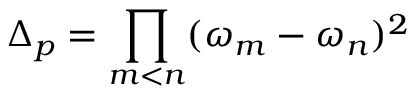
\Delta _ { p } = \prod _ { m < n } ( \omega _ { m } - \omega _ { n } ) ^ { 2 }